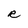
Character: R